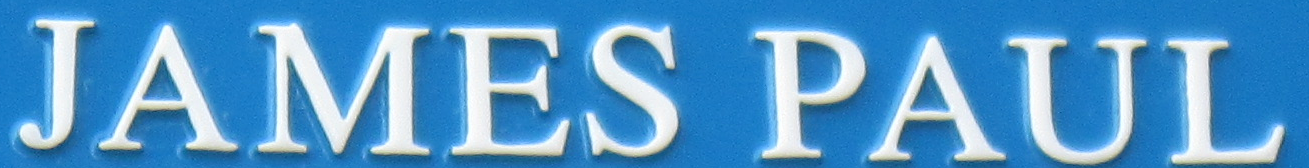
JAMES PAUL